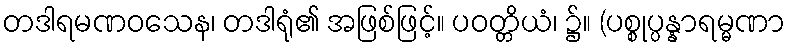
တဒါရမဏဝသေန၊ တဒါရုံ၏ အဖြစ်ဖြင့်။ ပဝတ္တိယံ၊ ၌။ (ပစ္စုပ္ပန္နာရမ္မဏာ